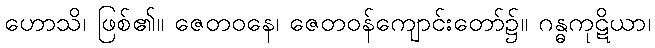
ဟောသိ၊ ဖြစ်၏။ ဇေတဝနေ၊ ဇေတဝန်ကျောင်းတော်၌။ ဂန္ဓကုဋိယာ၊